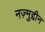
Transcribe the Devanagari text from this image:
नज़्मुद्दीन